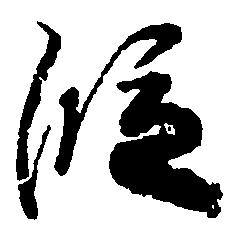
段